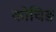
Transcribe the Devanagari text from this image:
कोचिङ